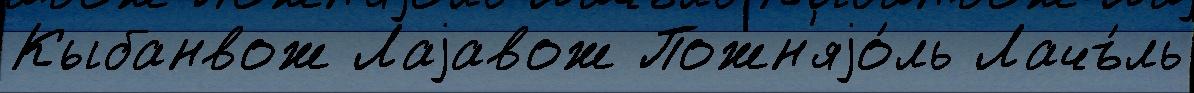
Кыбанвож Лаjавож Пожн'яjо́ль Лачъ́ль